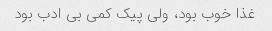
غذا خوب بود، ولی پیک کمی بی ادب بود